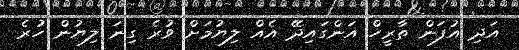
އަދި އުފަން ތާރީހް އަންގައިދޭ އެއް ލިޔުމަށް ވުރެ ގިނަ ލިޔުން ހުރެ